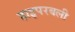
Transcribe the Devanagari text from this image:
हाइपरबली